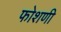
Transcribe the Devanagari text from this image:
फोशणी